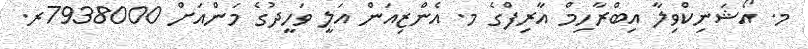
މ. އޯޝަނިކްވިލާ އިބްރާހިމް އާރިފްގެ މ. އެންޒިއަން އަލީ ވަހީދުގެ މަންއަށް 7938000ރ.